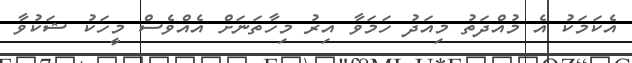
އެކަމަކު އެ މުއްދަތު މިއަދު ހަމަވާ އިރު މިހާތަނަށް އެއްވެސް މީހަކު ޝަކުވާ